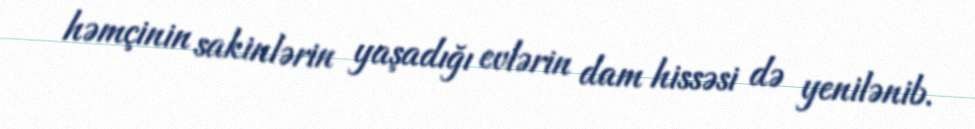
həmçinin sakinlərin yaşadığı evlərin dam hissəsi də yenilənib.